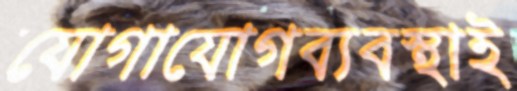
যোগাযোগব্যবস্থাই